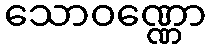
သောဝဏ္ဏော